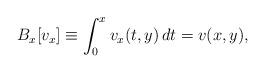
LaTeX: \begin{align*}B_x [v_x] \equiv \int_0^x v_x(t, y) \, dt = v(x,y),\end{align*}